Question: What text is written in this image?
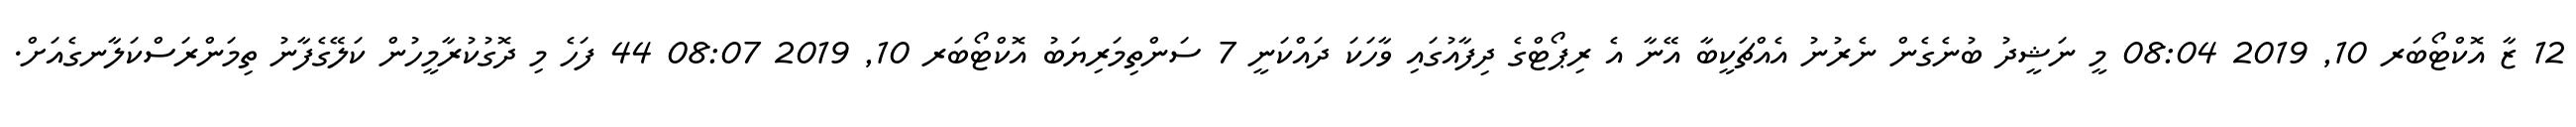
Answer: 12 ޒާ އޮކްޓޯބަރ 10, 2019 08:04 މީ ނަޝީދު ބުނެގެން ނެރުނު އެއްޗަކީބާ އޭނާ އެ ރިޕޯޓްގެ ދިފާއުގައި ވާހަކަ ދައްކަނީ 7 ސަންތިމަރިޔަބު އޮކްޓޯބަރ 10, 2019 08:07 44 ފަހެ މި ދޮގުކުރާމީހުން ކަލޭގެފާނު ތިމަންރަސްކަލާނގެއަށް.